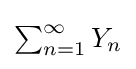
\textstyle \sum _{n=1}^{\infty }Y_{n}